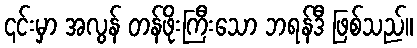
၎င်းမှာ အလွန် တန်ဖိုးကြီးသော ဘရန်ဒီ ဖြစ်သည်။